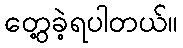
တွေ့ခဲ့ရပါတယ်။